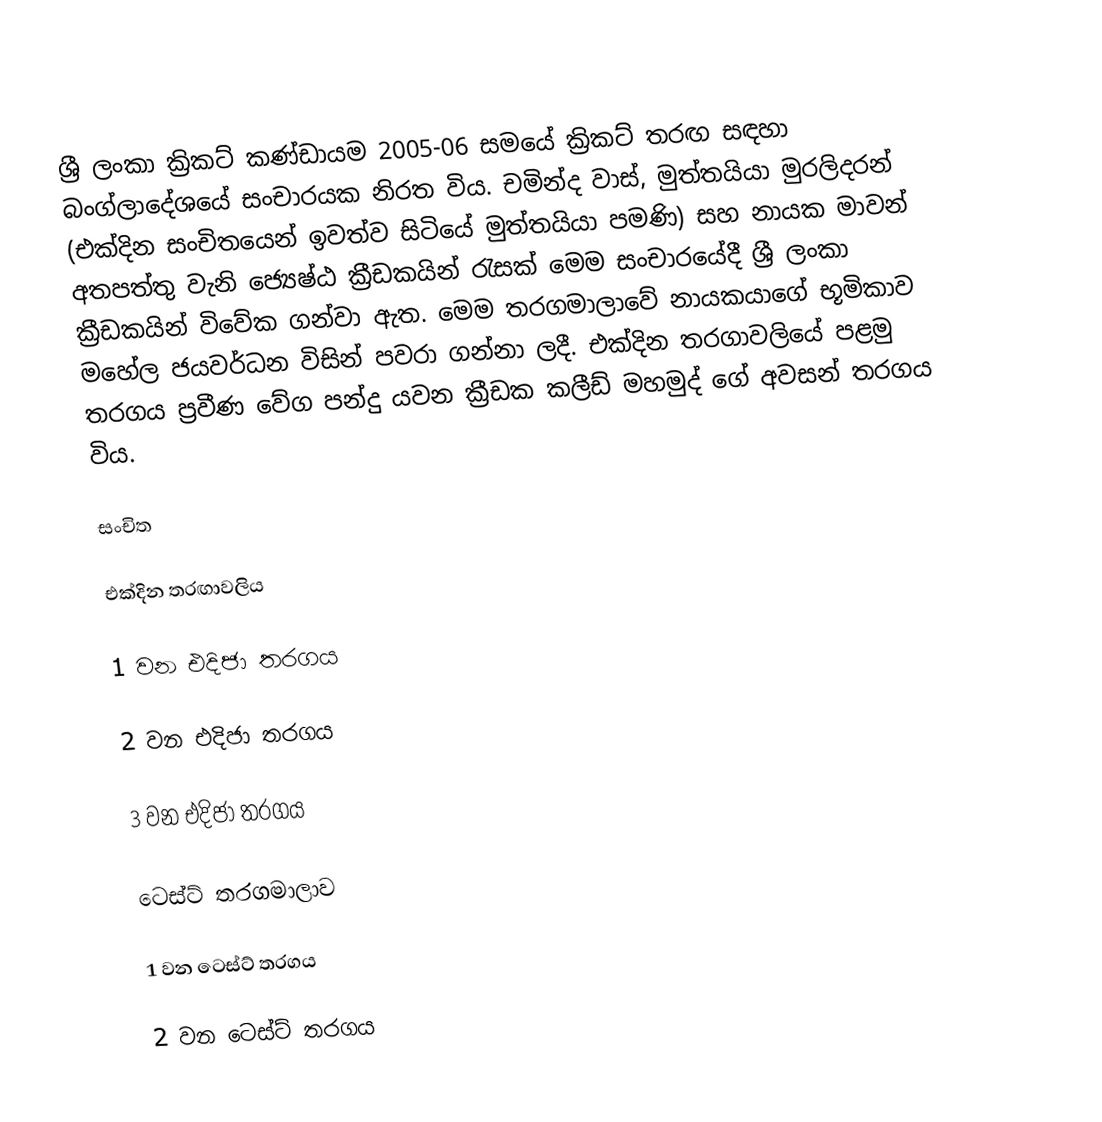
ශ්‍රී ලංකා ක්‍රිකට් කණ්ඩායම 2005-06 සමයේ ක්‍රිකට් තරඟ සඳහා බංග්ලාදේශයේ සංචාරයක නිරත විය. චමින්ද වාස්, මුත්තයියා මුරලිදරන් (එක්දින සංචිතයෙන් ඉවත්ව සිටියේ මුත්තයියා පමණි) සහ නායක මාවන් අතපත්තු වැනි ජ්‍යෙෂ්ඨ ක්‍රීඩකයින් රැසක් මෙම සංචාරයේදී ශ්‍රී ලංකා ක්‍රීඩකයින් විවේක ගන්වා ඇත. මෙම තරගමාලාවේ නායකයාගේ භූමිකාව මහේල ජයවර්ධන විසින් පවරා ගන්නා ලදී. එක්දින තරගාවලියේ පළමු තරගය ප්‍රවීණ වේග පන්දු යවන ක්‍රීඩක කලීඩ් මහමුද් ගේ අවසන් තරගය විය.

සංචිත

එක්දින තරඟාවලිය

1 වන එදිජා තරගය

2 වන එදිජා තරගය

3 වන එදිජා තරගය

ටෙස්ට් තරගමාලාව

1 වන ටෙස්ට් තරගය

2 වන ටෙස්ට් තරගය